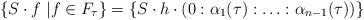
LaTeX: \begin{align*}\{S \cdot f \ | f \in F_{\tau}\}=\{S \cdot h \cdot (0:\alpha_1(\tau):\ldots:\alpha_{n-1}(\tau))\}\end{align*}